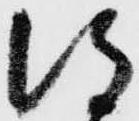
得